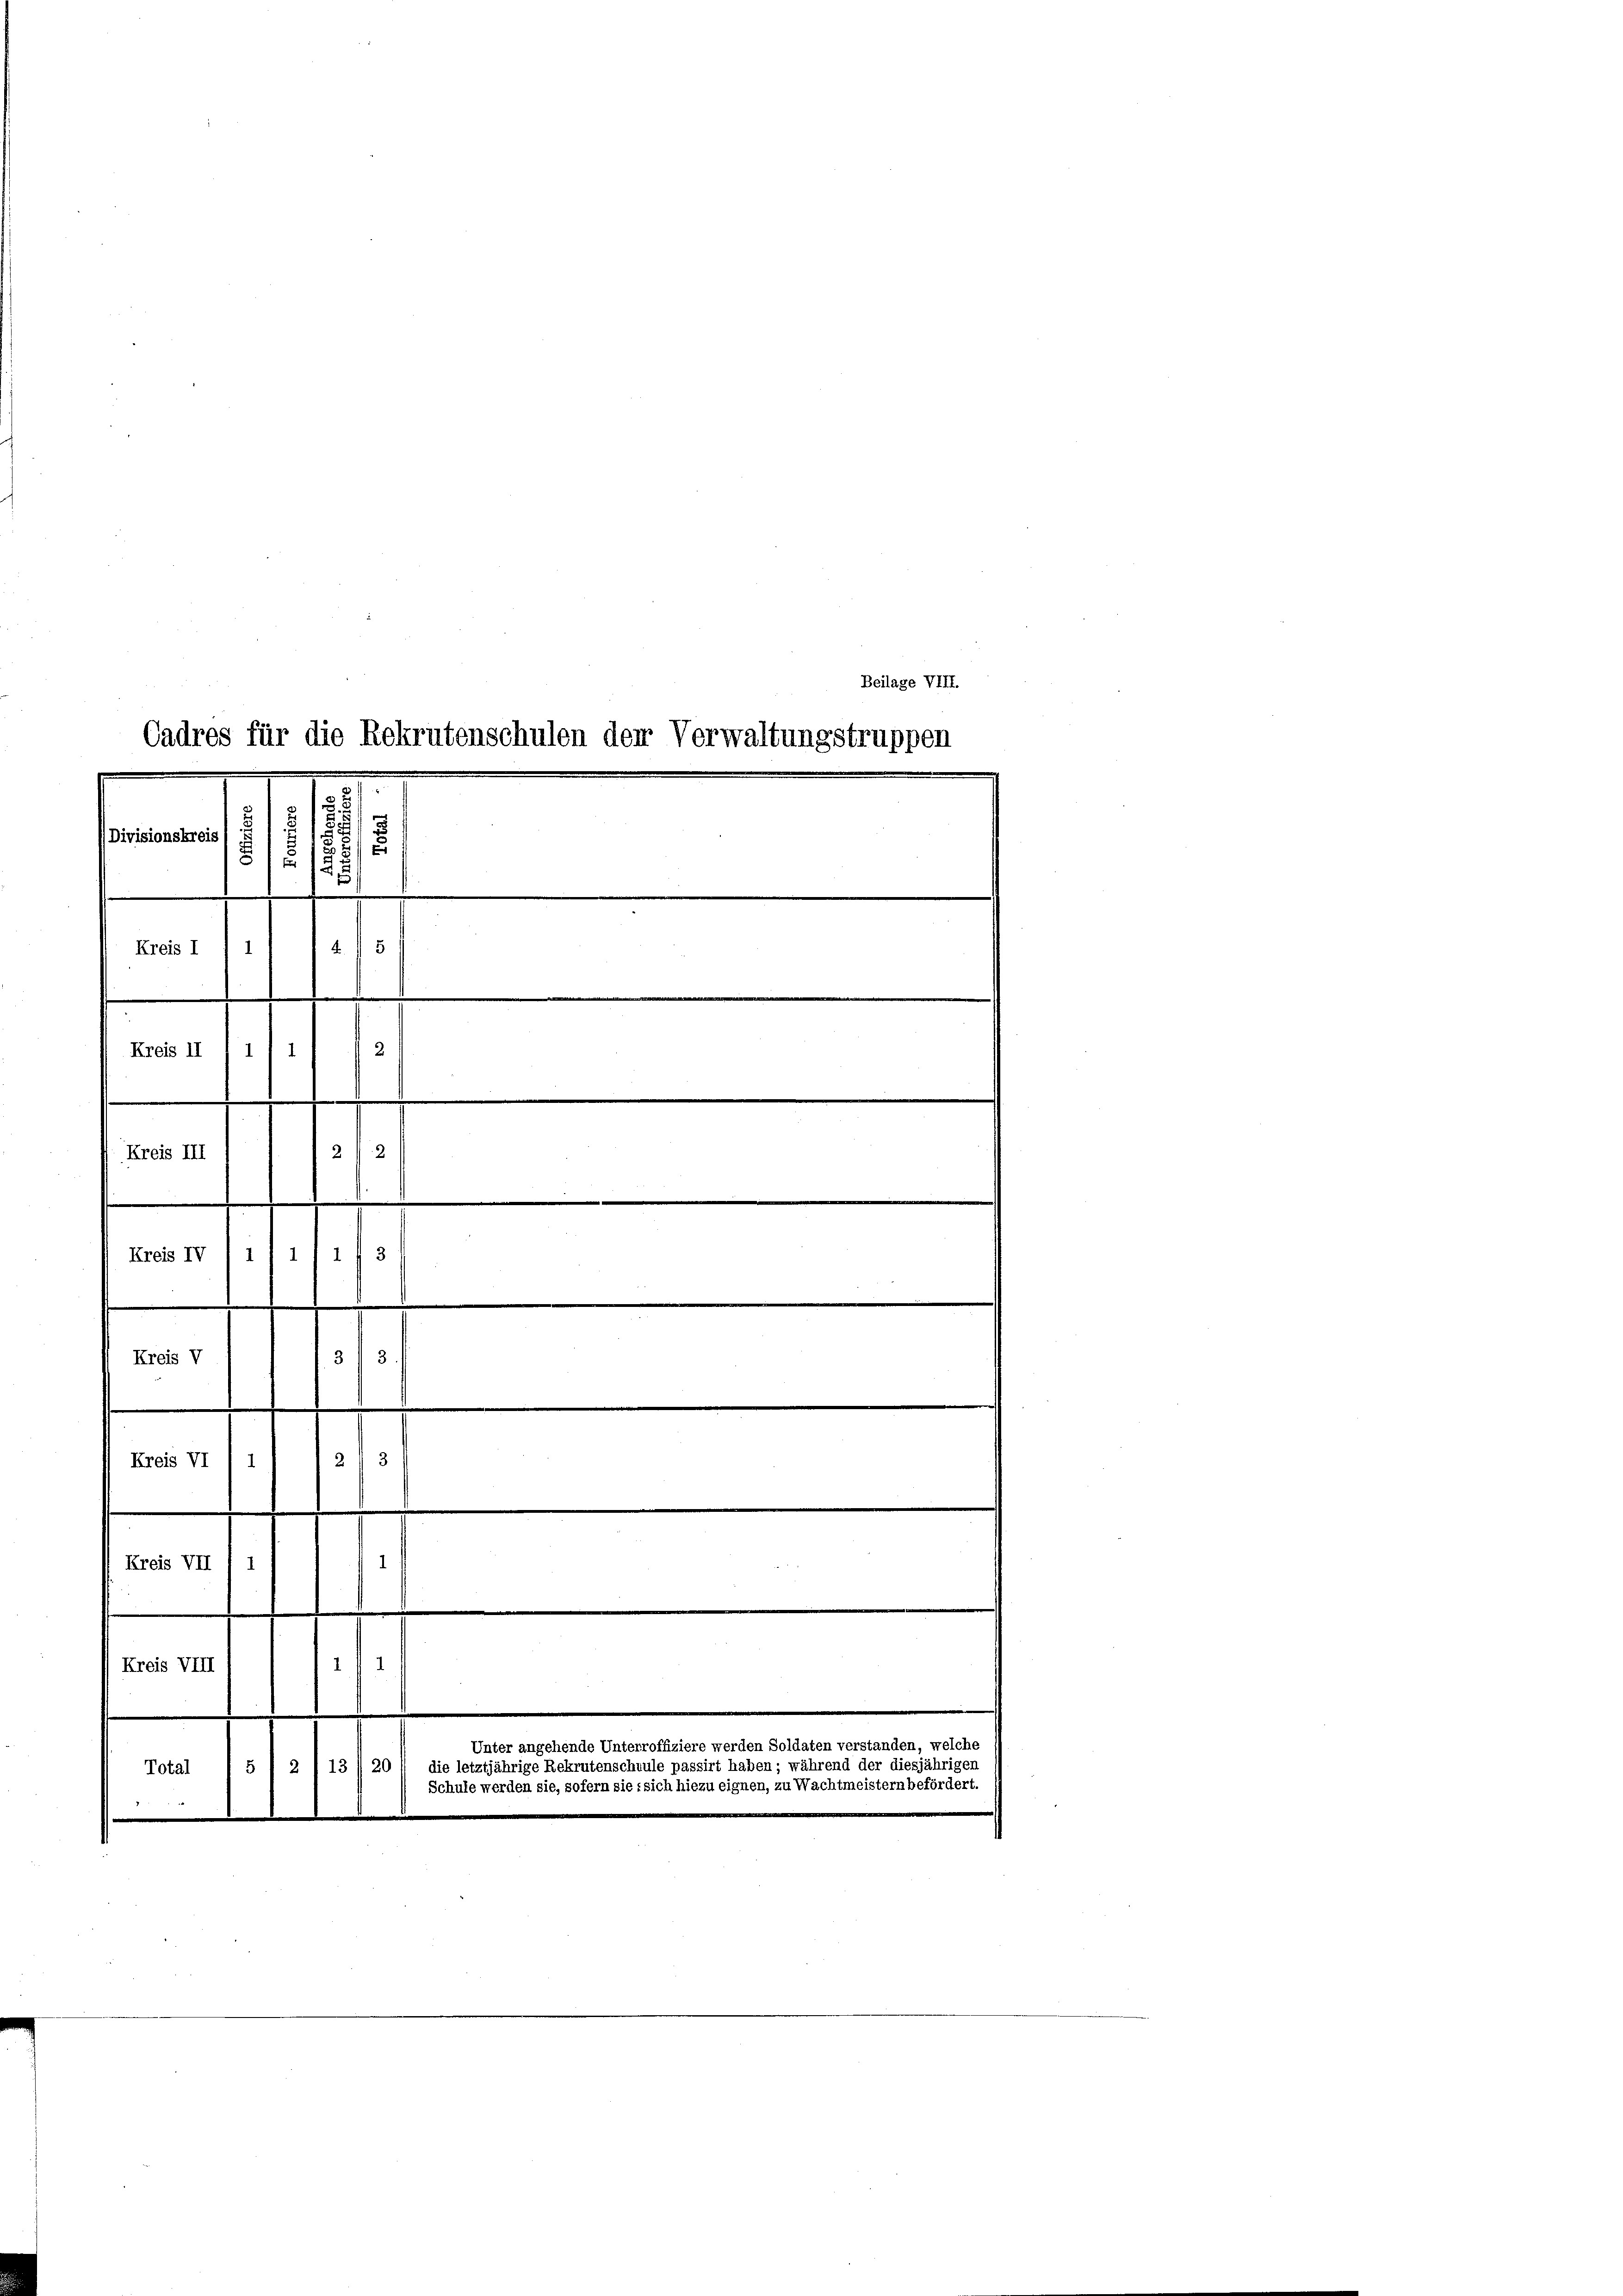
Cadres für die Rekrutenschulen den Verwaltungstruppen

2
8
Divisionskreis

5
1
2.10.1
Kreis I 1 1

n
e

.
n
Kreis II 1
2.
Kreis III
22
.
des
Kreis IV i
.
3.
Kreis V
.
2
Kreis VI) I
Kreis VII / 1
d
Kreis VIII
Unter angehende Unterroffiziere werden Soldaten verstanden, welche
5 1 a 113/20 / die letztjährige Rekrutenschule passirt haben; während der diesjährigen
Total
Schule werden sie, sofern sie sich hiezu eignen, zu Wachtmeistern befördert.

Beilage VIII.